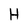
Character: H